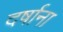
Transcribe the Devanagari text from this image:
दर्षाना